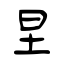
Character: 圼